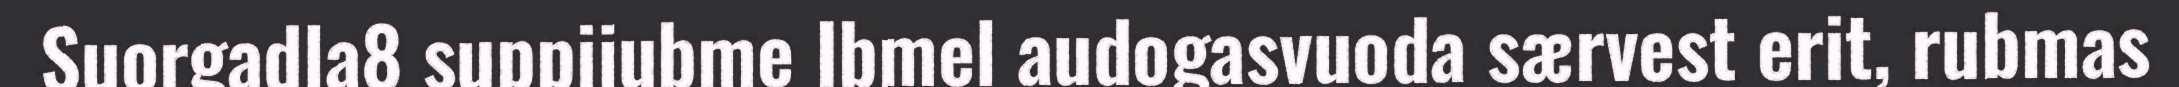
Suorgadla8 suppijubme Ibmel audogasvuoda særvest erit, rubmas